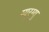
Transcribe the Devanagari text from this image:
ग्युरग्यु